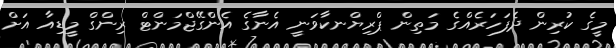
މީގެ ކުރިން ދެފަހަރެއްގެ މަތިން ޕްރިޔްނކާވަނީ އެނާގެ އެންގޭޖްމަންޓް ރިންގް މީޑިއާ އަށް